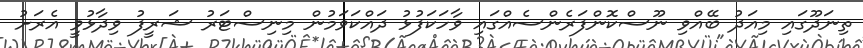
ތިނަދޫގައި މިއަދު ބޭއްވި ނޫސްކޮންފަރެންސެއްގައި ވާހަކަފުޅު ދައްކަވަމުން މިނިސްޓަރު ޝަރީފު ވިދާޅުވީ އެރަށު